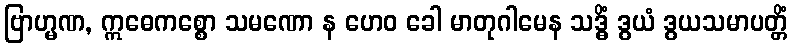
ဗြာဟ္မဏ, ဣဓေကစ္စော သမဏော န ဟေဝ ခေါ မာတုဂါမေန သဒ္ဓိံ ဒွယံ ဒွယသမာပတ္တိံ